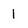
Character: l